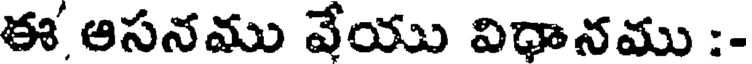
ఈ ఆసనము వేయు విధానము :-